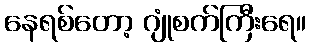
နေရစ်တော့ ဂျုံစက်ကြီးရေ။